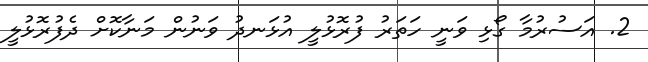
2. އަސުރުމާ ގޯޅި ވަނީ ހަތަރު ފުރޮޅުލީ އުޅަނދު ވަނުން މަނާކޮށް ދެފުރޮޅުލީ